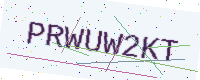
Text: PRWUW2KT